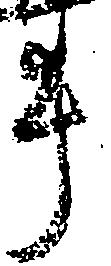
畢